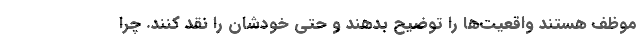
موظف هستند واقعیت‌ها را توضیح بدهند و حتی خودشان را نقد کنند. چرا